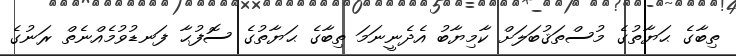
ތިބާގެ ޙަޔާތުގެ މުސްތަޤުބަލަށް ކާމިޔާބު އެދެނީނަމަ ތިބާގެ ޙަޔާތުގެ ސޮފުޙާ ފަނޑުވުމެއްނެތް ރަނުގެ